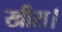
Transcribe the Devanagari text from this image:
खीरा।